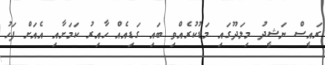
ރައީސް ނަޝީދު މިލަދޫގައި މަޑުކުރެއްވި ބައި ގަޑިއެއް ހާއިރު ކަމަށާއި އެއަށް ފަހު